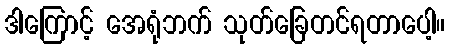
ဒါကြောင့် အေရုံဘက် သုတ်ခြေတင်ရတာပေါ့။